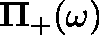
\mathbf { \Pi } _ { + } ( \omega )